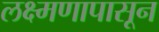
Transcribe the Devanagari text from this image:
लक्ष्मणापासून